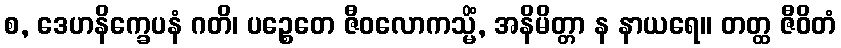
စ, ဒေဟနိက္ခေပနံ ဂတိ၊ ပဉ္စေတေ ဇီဝလောကသ္မိံ, အနိမိတ္တာ န နာယရေ။ တတ္ထ ဇီဝိတံ